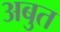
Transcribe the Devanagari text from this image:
अबुत